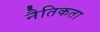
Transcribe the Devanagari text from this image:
नैतिकता